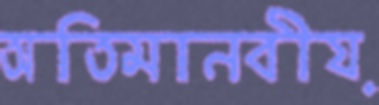
অতিমানবীয়